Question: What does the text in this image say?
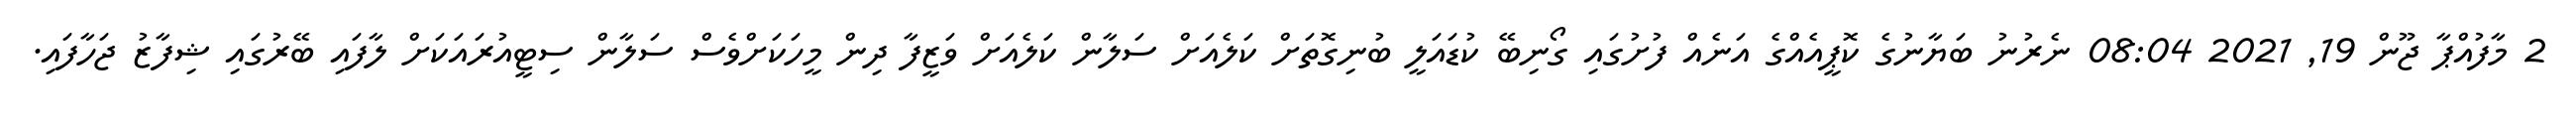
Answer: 2 މާފުއްޕާ ޖޫން 19, 2021 08:04 ނެރުނު ބަޔާނުގެ ކޮޕީއެއްގެ އަނެއް ފުށުގައި ގޯނިބޭ ކުޑައަލީ ބުނިގޮތަށް ކަލެއަށް ސަލާން ކަލެއަށް ވަޒީފާ ދިން މީހަކަށްވެސް ސަލާން ސިޓީއުރައަކަށް ލާފައި ބޭރުގައި ޝިފާޒު ޖަހާފައި.